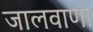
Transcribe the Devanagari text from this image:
जालवाणी